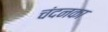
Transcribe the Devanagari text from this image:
चंदनका